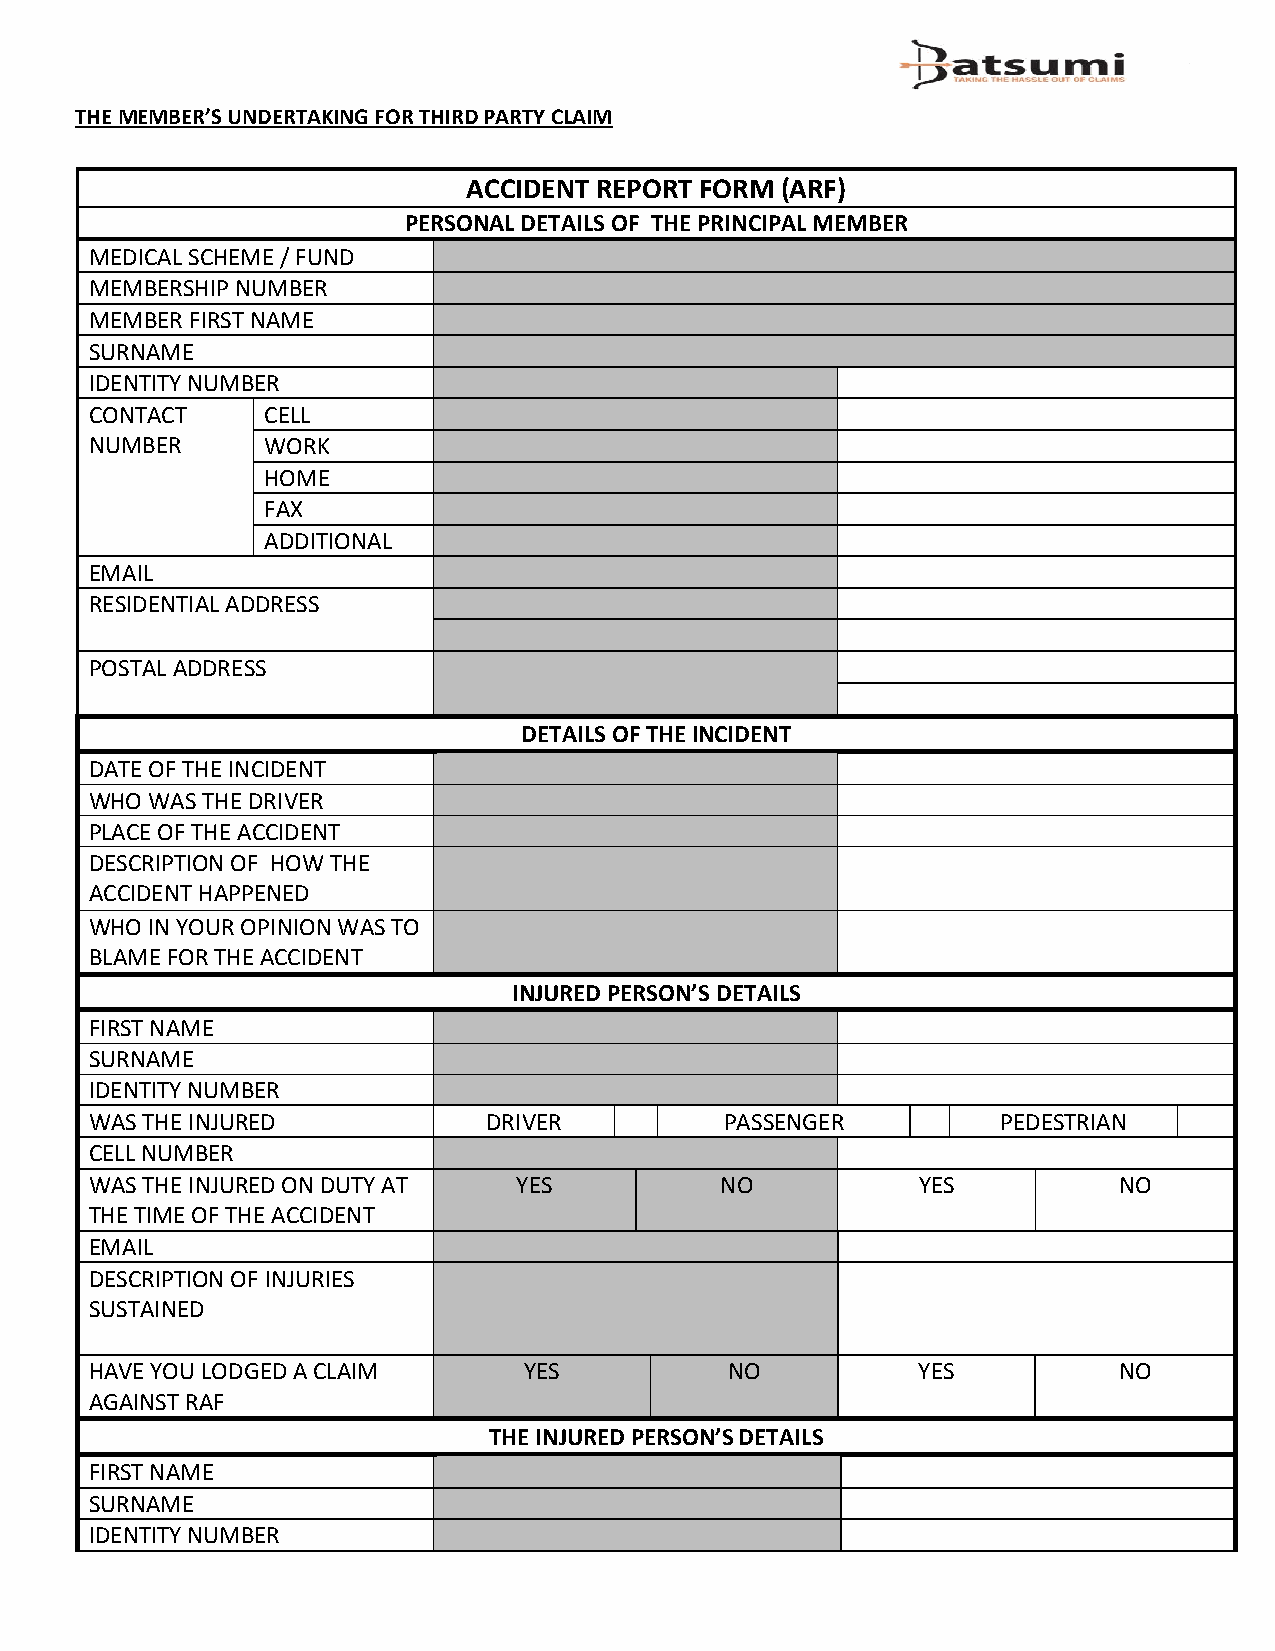
THE MEMBER’S UNDERTAKING FOR THIRD PARTY CLAIM
 ACCIDENT REPORT FORM (ARF)
 PERSONAL DETAILS OF THE PRINCIPAL MEMBER
 MEDICAL SCHEME / FUND
 MEMBERSHIP NUMBER
 MEMBER FIRST NAME
 SURNAME
 IDENTITY NUMBER
 CONTACT    CELL
 NUMBER     WORK
 HOME
 FAX
 ADDITIONAL
 EMAIL
 RESIDENTIAL ADDRESS
 POSTAL ADDRESS
 DETAILS OF THE INCIDENT
 DATE OF THE INCIDENT
 WHO WAS THE DRIVER
 PLACE OF THE ACCIDENT
 DESCRIPTION OF HOW THE
 ACCIDENT HAPPENED
 WHO IN YOUR OPINION WAS TO
 BLAME FOR THE ACCIDENT
 INJURED PERSON’S DETAILS
 FIRST NAME
 SURNAME
 IDENTITY NUMBER
 WAS THE INJURED           DRIVER          PASSENGER         PEDESTRIAN
 CELL NUMBER
 WAS THE INJURED ON DUTY AT  YES           NO           YES          NO
 THE TIME OF THE ACCIDENT
 EMAIL
 DESCRIPTION OF INJURIES
 SUSTAINED
 HAVE YOU LODGED A CLAIM      YES          NO           YES          NO
 AGAINST RAF
 THE INJURED PERSON’S DETAILS
 FIRST NAME
 SURNAME
 IDENTITY NUMBER